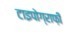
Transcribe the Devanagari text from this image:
टाइपोग्राफ़ी